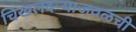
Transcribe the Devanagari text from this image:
चिखलदऱ्याजवळची